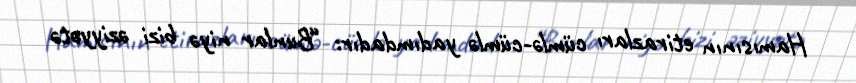
Hamısının etirazları cümlə-cümlə yadımdadır: “Bunlar niyə bizi əziyyətə